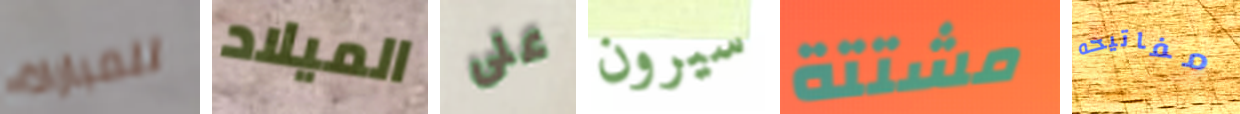
للمباراة الميلاد على سيرون مشتتة مفاتيحه